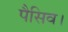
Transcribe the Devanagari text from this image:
पैसिव।